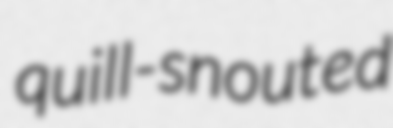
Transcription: quill-snouted